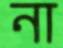
না